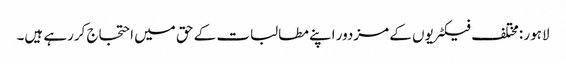
لاہور :مختلف فیکٹریوں کے مزدور اپنے مطالبات کے حق میں احتجاج کررہے ہیں۔